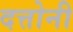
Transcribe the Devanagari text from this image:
दत्तोनी